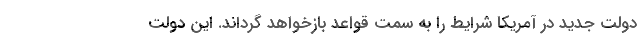
دولت جدید در آمریکا شرایط را به سمت قواعد بازخواهد گرداند. این دولت